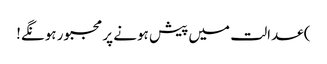
) عدالت میں پیش ہونے پر مجبور ہونگے!